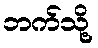
ဘက်သို့